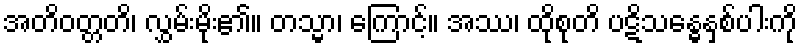
အတိဝတ္တတိ၊ လွှမ်းမိုး၏။ တသ္မာ၊ ကြောင့်။ အဿ၊ ထိုစုတိ ပဋိသန္ဓေနှစ်ပါးကို